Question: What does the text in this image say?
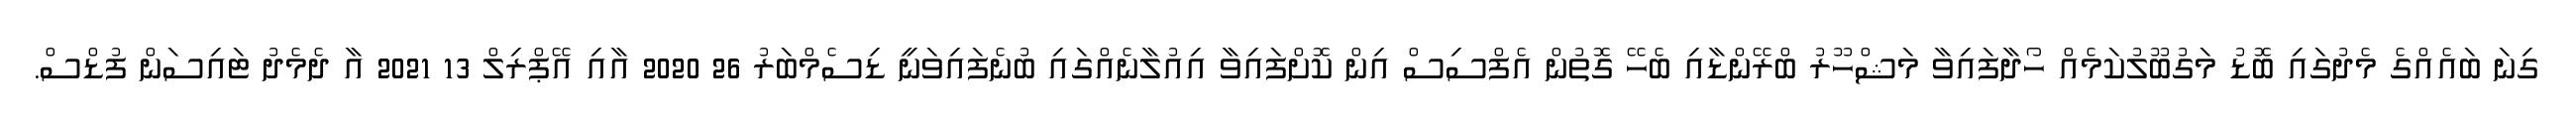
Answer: ގިނަ ބައެއްގެ މެދުގައި ބޮޑު މަގުބޫލުކަމެއް ހޯދާފައިވާ މަޝްހޫރު ބްރޭންޑާއި ބެހޭ ގޮތުން އެފްސިސް އިން ކޮށްފައިވާ އިއުލާނެއްގައި ބުނެފައިވަނީ ޑިސެމްބަރު 26 2020 އާއި އޭޕްރިލް 13 2021 އާ ދެމެދު ޓައިސަން ފުޑްސް.